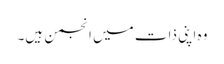
وہ اپنی ذات میں انجمن ہیں۔